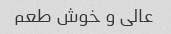
عالی و خوش طعم